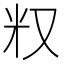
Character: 𠬵